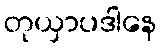
တုယှာပဒါနေ